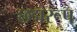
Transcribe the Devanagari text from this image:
छद्मरूप